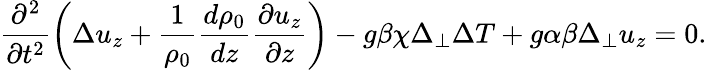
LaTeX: \frac{\partial^{2}}{\partial t^{2}}\left(\Delta u_{z}+\frac{1}{\rho_{0}}\frac{d\rho_{0}}{dz}\frac{\partial u_{z}}{\partial z}\right)-g\beta\chi\Delta_{\perp}\Delta T+g\alpha\beta\Delta_{\perp}u_{z}=0.